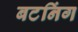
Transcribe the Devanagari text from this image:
बटनिंग